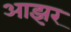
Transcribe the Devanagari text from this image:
आझर